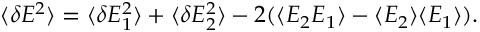
\langle \delta E ^ { 2 } \rangle = \langle \delta E _ { 1 } ^ { 2 } \rangle + \langle \delta E _ { 2 } ^ { 2 } \rangle - 2 ( \langle E _ { 2 } E _ { 1 } \rangle - \langle E _ { 2 } \rangle \langle E _ { 1 } \rangle ) .